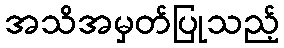
အသိအမှတ်ပြုသည့်